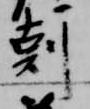
剋